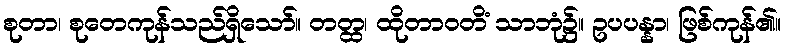
စုတာ၊ စုတေကုန်သည်ရှိသော်။ တတ္ထ၊ ထိုတာဝတိံ သာဘုံ၌။ ဥပပန္နာ၊ ဖြစ်ကုန်၏။